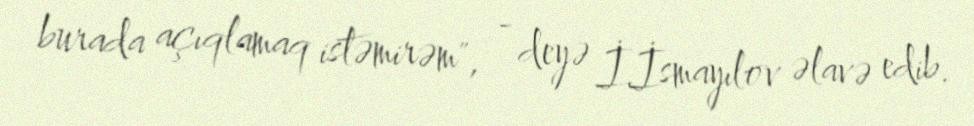
burada açıqlamaq istəmirəm", - deyə İ.İsmayılov əlavə edib.